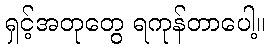
ရှင့်အတုတွေ ရကုန်တာပေါ့။